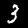
Digit: 3